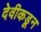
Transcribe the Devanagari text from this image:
देवीकडून